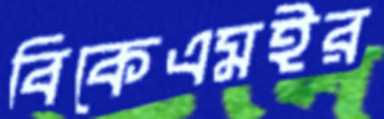
বিকেএমইর